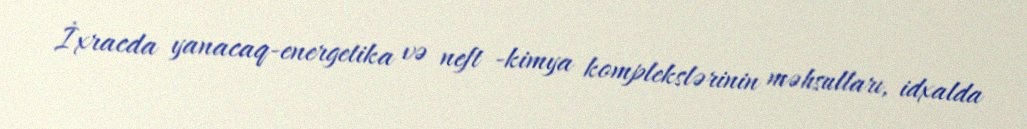
İxracda yanacaq-energetika və neft -kimya komplekslərinin məhsulları, idxalda